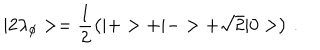
LaTeX: | 2 \lambda _ { \phi } > = \frac { 1 } { 2 } \left( | + > + | - > + \sqrt { 2 } | 0 > \right) \, .